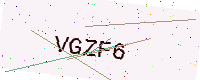
Text: VGZF6